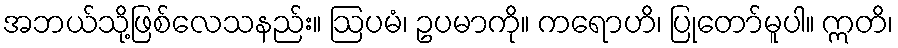
အဘယ်သို့ဖြစ်လေသနည်း။ ဩပမံ၊ ဥပမာကို။ ကရောဟိ၊ ပြုတော်မူပါ။ ဣတိ၊